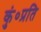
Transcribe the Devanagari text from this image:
कुं०प्रति